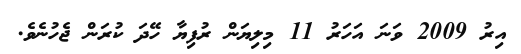
އިރު 2009 ވަނަ އަހަރު 11 މިލިޔަން ރުފިޔާ ހޭދަ ކުރަން ޖެހުނެވެ.